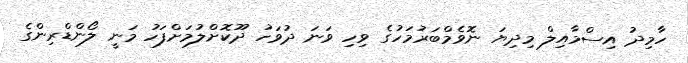
ހާމިދު އިސްމާއިލް މިދިޔަ ނޮވެމްބަރުމަހުގެ ވިހި ވަނަ ދުވަހު ދޫކޮށްލުމަށްފަހު މަނީ ލޯންޑްރިންގެ